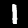
Label: 1